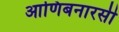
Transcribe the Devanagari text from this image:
आणिबनारसी